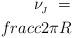
LaTeX: \begin{align*}\nu_{\!_J}\ = \\frac{c}{2\pi R}\vspace{.50ex}\end{align*}